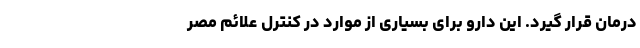
درمان قرار گیرد. این دارو برای بسیاری از موارد در کنترل علائم مصر